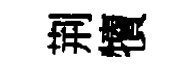
荆犢